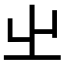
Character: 𡳿